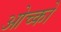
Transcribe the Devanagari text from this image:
ओच्को